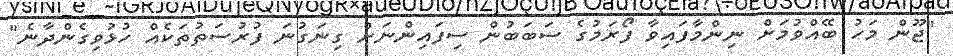
"ޖޫން މަހު ބޭއްވުމަށް ނިންމާފައިވާ ފޯރަމުގެ ސަބަބުން ސިފައިންނަށް ގިނަގުނަ ފުރުސަތުތަކެއް ހުޅުވިގެންދާނެ"